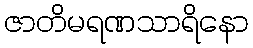
ဇာတိမရဏသာရိနော